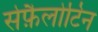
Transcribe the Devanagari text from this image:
सेफ़ैलोटिन